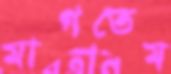
মাগতেম